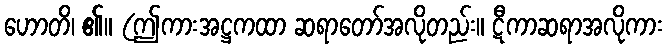
ဟောတိ၊ ၏။ (ဤကားအဋ္ဌကထာ ဆရာတော်အလိုတည်း။ ဋီကာဆရာအလိုကား